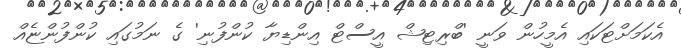
އެކަމަށްޓަކައި އެމީހުން ވަނީ 'ބްރިޓިޝް އީސްޓް އިންޑިޔާ ކުންފުނި' ގެ ނަމުގައި ކުންފުންޏެއް